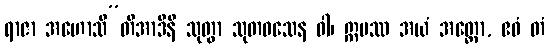
ရာဇာ အဟောသီ”တိအာဒီနိ သုတွာ သုတဝသေန ဝါ၊ ဣမဿ အယံ အတ္ထော, ဧဝံ တံ